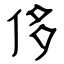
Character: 侈